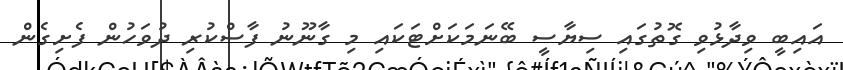
އައިބީ ވިދާޅުވި ގޮތުގައި ސިޔާސީ ބޭނަމަކަށްޓަކައި މި ގާނޫނު ފާސްކުރި ދުވަހުން ފެށިގެން